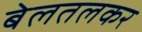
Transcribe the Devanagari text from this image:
बेलतलकर